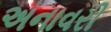
અનાવરી